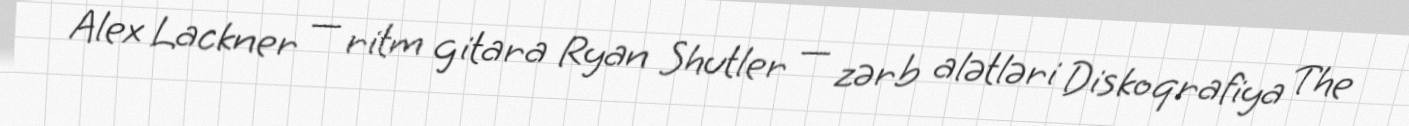
Alex Lackner — ritm gitara Ryan Shutler — zərb alətləri Diskoqrafiya The